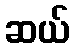
ဆယ်